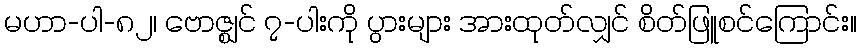
မဟာ-ပါ-၈၂၊ ဗောဇ္ဈင် ၇-ပါးကို ပွားများ အားထုတ်လျှင် စိတ်ဖြူစင်ကြောင်း။